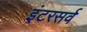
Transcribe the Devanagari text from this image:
इंटरसर्व